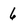
Character: 6